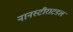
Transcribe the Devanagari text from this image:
नानस्टीराटडल